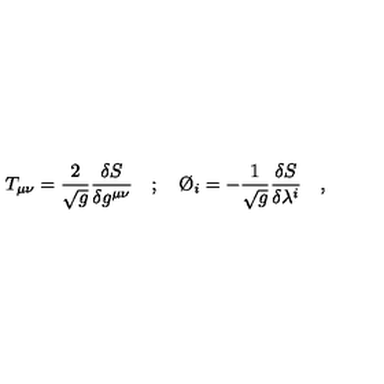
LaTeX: T _ { \mu \nu } = \frac { 2 } { \sqrt { g } } \frac { \delta S } { \delta g ^ { \mu \nu } } \quad ; \quad \O _ { i } = - \frac { 1 } { \sqrt { g } } \frac { \delta S } { \delta \lambda ^ { i } } \quad ,